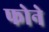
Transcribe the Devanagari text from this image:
फोने